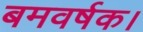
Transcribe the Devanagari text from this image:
बमवर्षक।